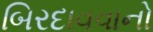
બિરદાવવાનો